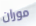
موران